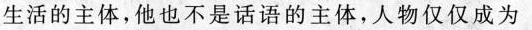
生活的主体，他也不是话语的主体，人物仅仅成为